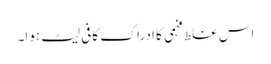
اس غلط فہمی کا ادراک کافی لیٹ ہوا۔